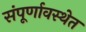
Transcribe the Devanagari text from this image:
संपूर्णावस्थेत